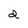
Character: d